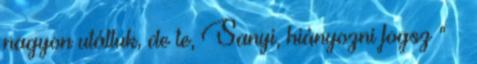
nagyon u­táltuk, de te, Sanyi, hiányozni fogsz ” –